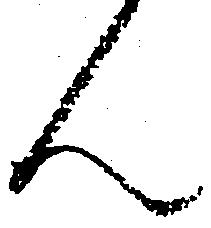
ん